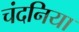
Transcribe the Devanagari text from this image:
चंदनिया